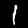
Label: 1